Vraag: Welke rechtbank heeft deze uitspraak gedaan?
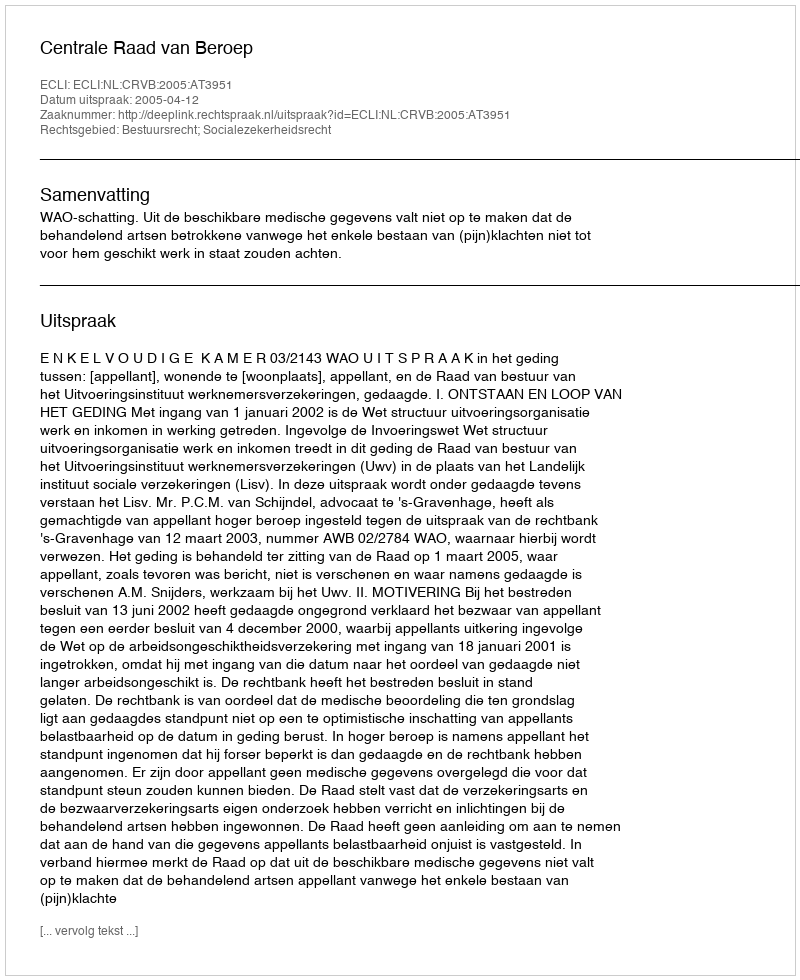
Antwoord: Centrale Raad van Beroep